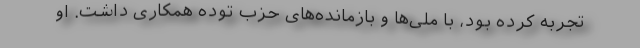
تجربه كرده بود، با ملی‌ها و بازمانده‌های حزب توده همكاری داشت. او